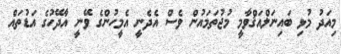
މިއަދު މުޅި ބައިނަލްއަޤްވާމީ މުޖުތަމައުން ވެސް އެދެނީ އެމީހުންގެ ވޭނީ އާދޭހުގެ އަޑުތައް